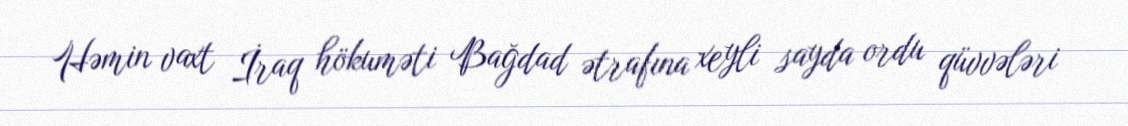
Həmin vaxt İraq hökuməti Bağdad ətrafına xeyli sayda ordu qüvvələri